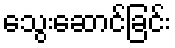
သွေးဆောင်ခြင်း